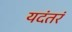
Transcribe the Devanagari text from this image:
यदंतरं